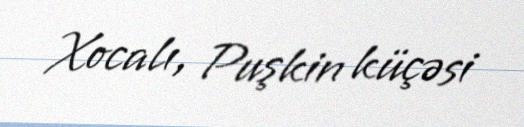
Xocalı, Puşkin küçəsi